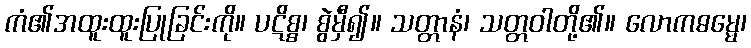
ကံ၏အထူးထူးပြုခြင်းကို။ ပဋိစ္စ၊ စွဲမှီ၍။ သတ္တာနံ၊ သတ္တဝါတို့၏။ လောကဓမ္မေ၊